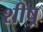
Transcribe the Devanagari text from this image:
शीष्र